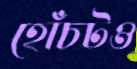
হোঁচটও